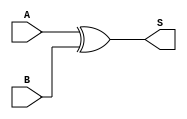
module halfAdderNoC(input A, input B, output S);

assign S = A ^ B;

endmodule